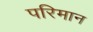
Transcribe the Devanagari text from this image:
परिमान